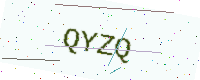
Text: QYZQ